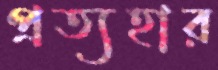
প্রত্যহার